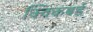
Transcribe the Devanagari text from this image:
क्विकबर्ड